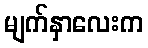
မျက်နှာလေးက